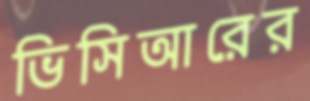
ভিসিআরের